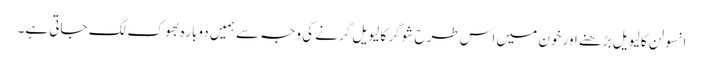
انسولن کا لیویل بڑھنے اور خون میں اس طرح شوگر کا لیویل گرنے کی وجہ سے ہمیں دوبارہ بھوک لگ جاتی ہے۔